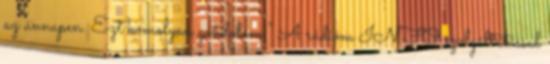
az ünnapen. Ezt komolyan gondolom.” A rádióm INFO szolgáltatással